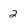
Character: 2